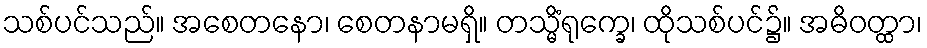
သစ်ပင်သည်။ အစေတနော၊ စေတနာမရှိ။ တသ္မိံရုက္ခေ၊ ထိုသစ်ပင်၌။ အဓိဝတ္ထာ၊